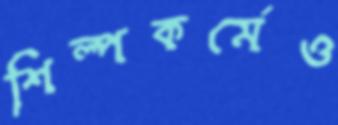
শিল্পকর্মেও